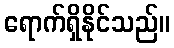
ရောက်ရှိနိုင်သည်။